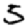
Digit: 5